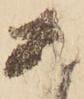
あ